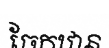
ចែកឋាន